Civil Veterinary Dept. Bombay admin report 1900-1906 - 1900-1906
Year: 1900
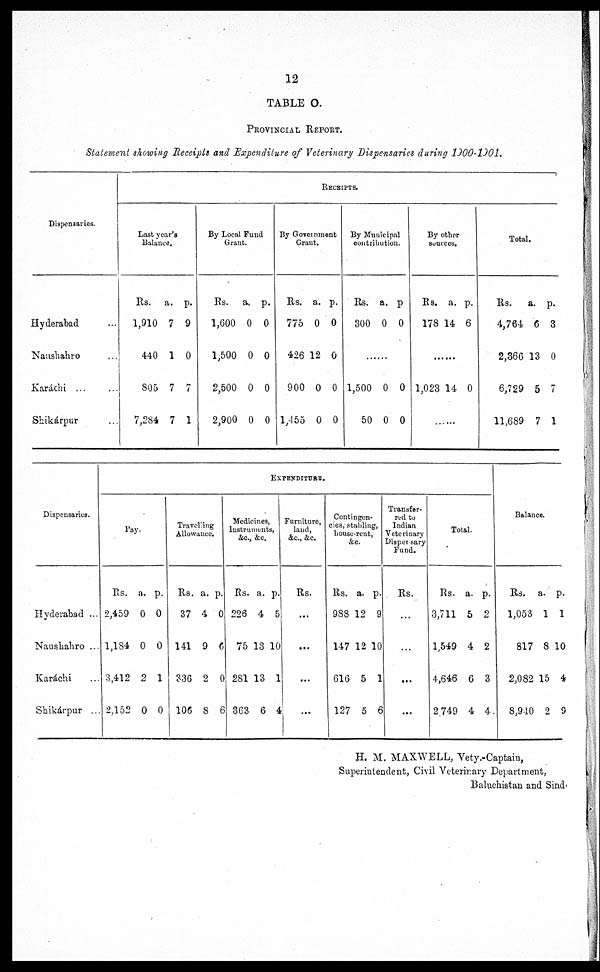
12
TABLE O.
PROVINCIAL REPORT.
Statement showing Receipts and Expenditure of Veterinary Dispensaries during 1900-1901.
Dispensaries.
Hyderabad ...
Naushahro ...
Karáchi ...
Shikárpur ...
RECEIPTS.
Last year's
Balance.
Rs.
1,910
440
805
7,284
a.
7
1
7
7
p.
9
0
7
1
By Local Fund
Grant.
Rs.
1,600
1,500
2,500
2,900
a.
0
0
0
0
p.
0
0
0
0
By Government
Grant.
Rs.
775
426
900
1,455
a.
0
12
0
0
p.
0
0
0
0
By Municipal
contribution.
Rs.
300
a.
0
p
0
.....
1,500
50
0
0
0
0
By other
sources.
Rs.
178
a.
14
p.
6
.....
1,023 14 0
......
Total.
Rs.
4,764
2,366
6,729
11,689
a.
6
13
5
7
p.
3
0
7
1
Dispensaries.
Hyderabad ...
Naushahro ...
Karachi ...
Shikárpur ...
EXPENDITURE.
Pay.
Rs.
2,459
1,184
3,412
2,152
a.
0
0
2
0
p.
0
0
1
0
Travelling
Allowance.
Rs.
37
141
336
106
a.
4
9
2
8
p.
0
6
0
6
Medicines,
Instruments,
&c., &c.
Rs.
226
75
281
363
a.
4
13
13
6
p.
5
10
1
4
Furniture,
land,
&c., &c.
Rs.
...
...
...
...
Contingen-
cies, stabling,
house-rent,
&c.
Rs.
988
147
616
127
a.
12
12
5
5
p.
9
10
1
6
Transfer-
red to
Indian
Veterinary
Dispensary
Fund.
Rs.
...
...
...
...
Total.
Rs.
3,711
1,549
4,646
2,749
a.
5
4
6
4
p.
2
2
3
4
Balance.
Rs.
1,053
817
2,082
8,940
a.
1
8
15
2
p.
1
10
4
9
H. M. MAXWELL, Vety.-Captain,
Superintendent, Civil Veterinary Department,
Baluchistan and Sind.